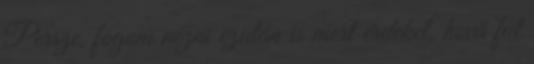
Persze, fogom nézni ezután is mert érdekel, hová fut